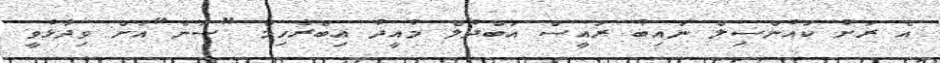
އެ ރަށު ކައުންސިލް ނައިބު ރައީސް އަބްދުލް މުއީދު އިބްރާހިމް "ސަން"އަށް ވިދާޅުވީ